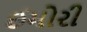
ઈમોરી